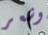
وشعر